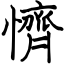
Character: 懠